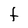
Character: t